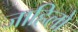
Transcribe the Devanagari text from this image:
जाहिलो